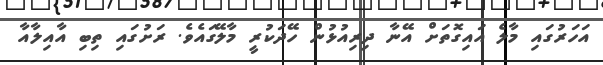
އަހަރުގައި މާލެ އައިގޮތަށް އޭނާ ދިރިއުޅުން ހޭދަކުރީ މާލޭގައެވެ. ރަށުގައި ތިބި އާއިލާއާ